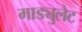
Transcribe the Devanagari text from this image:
माड्युलेट